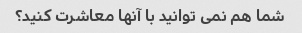
شما هم نمی توانید با آنها معاشرت کنید؟